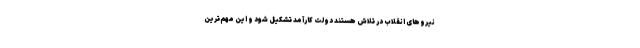
نیروهای انقلاب در تلاش هستند دولت کارآمد تشکیل شود و این مهم‌ترین